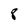
Character: 8